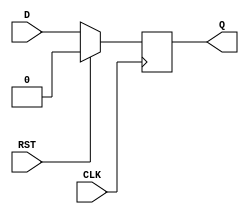
module synchronous_register (
    input wire D,         // Data Input
    input wire CLK,       // Clock Input
    input wire RST,       // Reset Input
    output reg Q          // Data Output
);

// Parameter for the reset value
parameter RESET_VALUE = 1'b0;  // Define the reset value (can be changed as needed)

always @(posedge CLK) begin
    if (RST) begin
        Q <= RESET_VALUE; // Set Q to reset value when RST is high
    end else begin
        Q <= D;           // Capture D on the rising edge of CLK
    end
end

endmodule